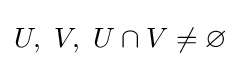
U,\ V,\ U\cap V\neq \varnothing